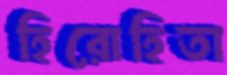
হিরোহিতা